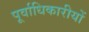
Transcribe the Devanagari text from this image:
पूर्वाधिकारीयों